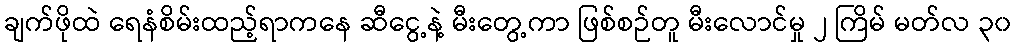
ချက်ဖိုထဲ ရေနံစိမ်းထည့်ရာကနေ ဆီငွေ့နဲ့ မီးတွေ့ကာ ဖြစ်စဉ်တူ မီးလောင်မှု ၂ ကြိမ် မတ်လ ၃၀